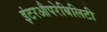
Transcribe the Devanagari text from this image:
इंटरऔपरेबिलिटी